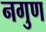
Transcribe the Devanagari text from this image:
नगुण